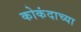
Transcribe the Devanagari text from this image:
कोकंदाच्या